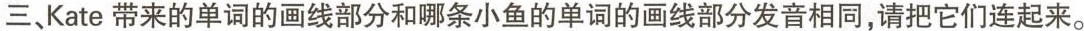
三、Kate带来的单词的画线部分和哪条小鱼的单词的画线部分发音相同，请把它们连起来。